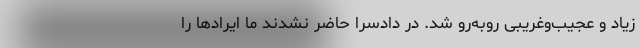
زیاد و عجیب‌وغریبی روبه‌رو شد. در دادسرا حاضر نشدند ما ایراد‌ها را